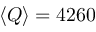
\langle Q \rangle = 4 2 6 0